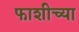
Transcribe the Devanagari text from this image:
फाशीच्या